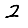
Digit: 2